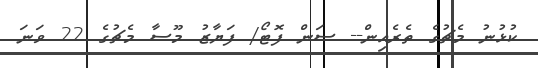
ކުޅުނު މެޗުގެ ތެރެއިން-- ސަން ފޮޓޯ/ ފަޔާޒު މޫސާ މެޗުގެ 22 ވަނަ